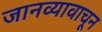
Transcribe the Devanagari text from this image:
जानव्यावाचून